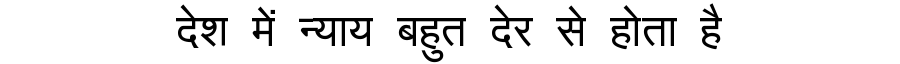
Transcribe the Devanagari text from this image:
देश में न्याय बहुत देर से होता है